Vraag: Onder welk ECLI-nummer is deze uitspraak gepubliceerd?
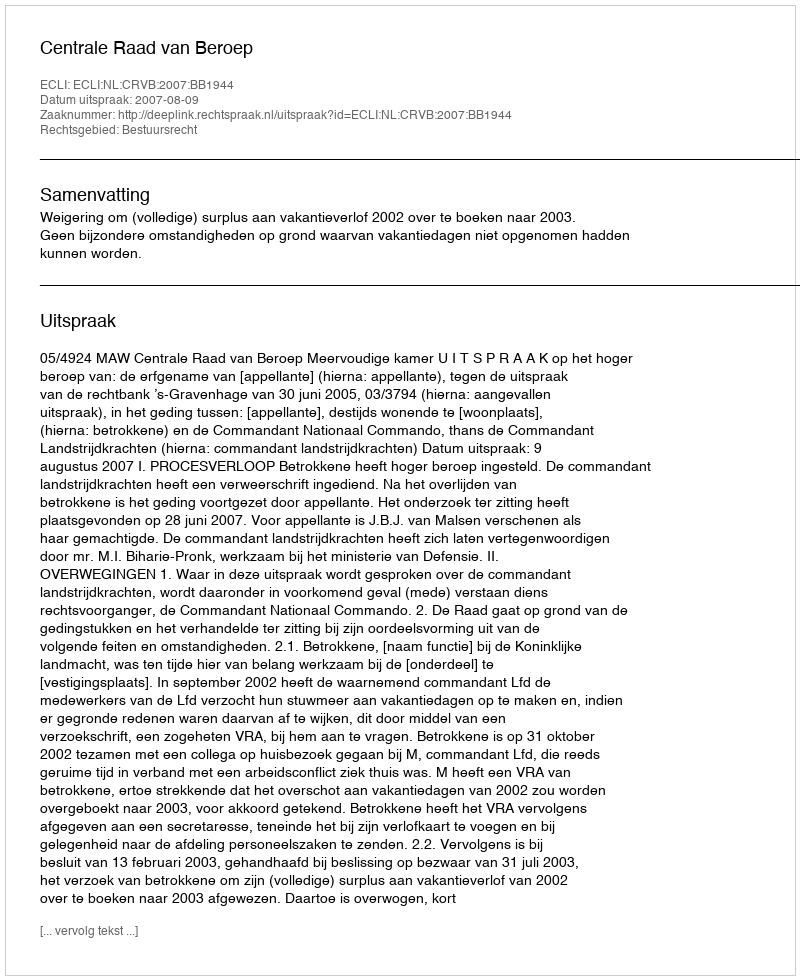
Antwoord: ECLI:NL:CRVB:2007:BB1944